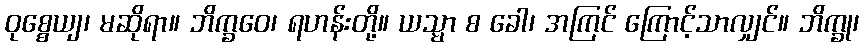
ဝုစ္စေယျ၊ မဆိုရာ။ ဘိက္ခဝေ၊ ရဟန်းတို့။ ယသ္မာ စ ခေါ၊ အကြင် ကြောင့်သာလျှင်။ ဘိက္ခု၊